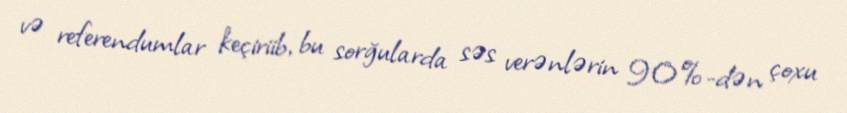
və referendumlar keçiriib, bu sorğularda səs verənlərin 90%-dən çoxu